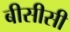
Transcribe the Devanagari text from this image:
बीसीसी